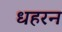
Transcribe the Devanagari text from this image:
धहरन